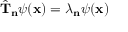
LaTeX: { \hat { \mathbf { T } } } _ { \mathbf { n } } \psi ( \mathbf { x } ) = \lambda _ { \mathbf { n } } \psi ( \mathbf { x } )